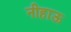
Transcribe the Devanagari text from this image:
नीहाऊ